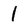
Character: 1